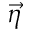
\vec { \eta }